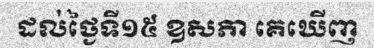
ដល់ថ្ងៃទី១៥ ឧសភា គេឃើញ